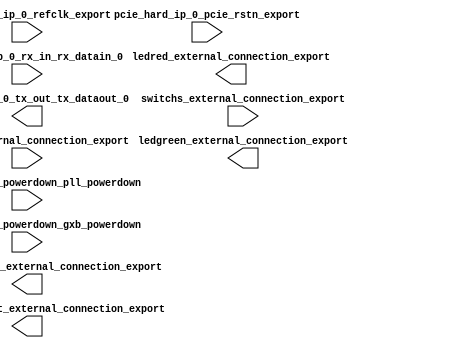

module pcihellocore (
	pcie_hard_ip_0_pcie_rstn_export,
	pcie_hard_ip_0_powerdown_pll_powerdown,
	pcie_hard_ip_0_powerdown_gxb_powerdown,
	pcie_hard_ip_0_refclk_export,
	pcie_hard_ip_0_rx_in_rx_datain_0,
	pcie_hard_ip_0_tx_out_tx_dataout_0,
	switchs_external_connection_export,
	display_seven_left_external_connection_export,
	display_seven_right_external_connection_export,
	ledgreen_external_connection_export,
	ledred_external_connection_export,
	buttons_external_connection_export);	

	input		pcie_hard_ip_0_pcie_rstn_export;
	input		pcie_hard_ip_0_powerdown_pll_powerdown;
	input		pcie_hard_ip_0_powerdown_gxb_powerdown;
	input		pcie_hard_ip_0_refclk_export;
	input		pcie_hard_ip_0_rx_in_rx_datain_0;
	output		pcie_hard_ip_0_tx_out_tx_dataout_0;
	input	[31:0]	switchs_external_connection_export;
	output	[31:0]	display_seven_left_external_connection_export;
	output	[31:0]	display_seven_right_external_connection_export;
	output	[31:0]	ledgreen_external_connection_export;
	output	[31:0]	ledred_external_connection_export;
	input	[31:0]	buttons_external_connection_export;
endmodule